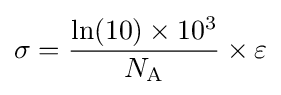
\sigma ={\frac {\ln(10)\times 10^{3}}{N_{\text{A}}}}\times \varepsilon